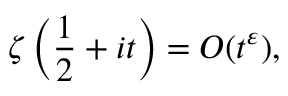
\zeta \left( { \frac { 1 } { 2 } } + i t \right) = O ( t ^ { \varepsilon } ) ,